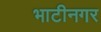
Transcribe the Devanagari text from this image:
भाटीनगर